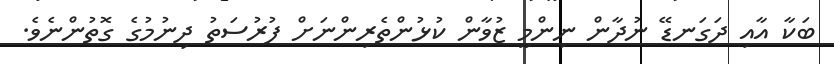
ބަކާ އާއި ދަގަނޑޭ ނުދާން ނިންމީ ޒުވާން ކުޅުންތެރިންނަށް ފުރުސަތު ދިނުމުގެ ގޮތުންނެވެ.